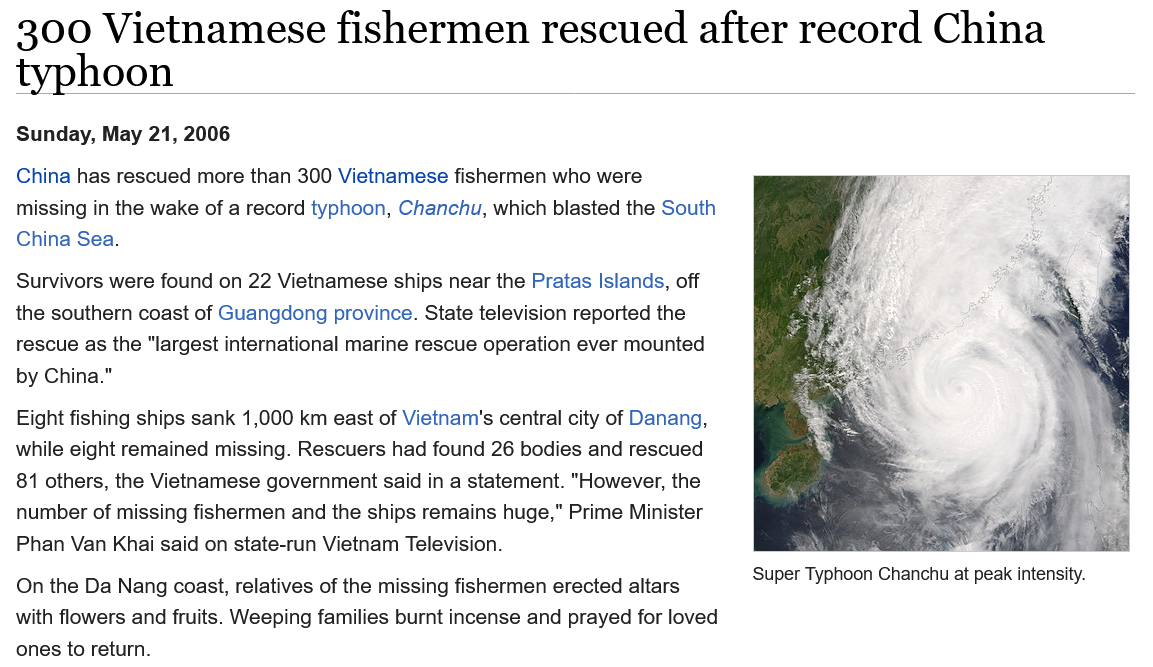
300    Vietnamese    fishermen    rescued    after    record    China
  typhoon
  China has rescued more than 300 Vietnamese fishermen who were
  missing in the wake of a record typhoon, Chanchu, which blasted the South
  China Sea.
  Survivors were found on 22 Vietnamese ships near the Pratas Islands, off
  the southern coast of Guangdong province. State television reported the
  rescue as the "largest international marine rescue operation ever mounted
  by China."
  Eight fishing ships sank 1,000 km east of Vietnam's central city of Danang,
  while eight remained missing. Rescuers had found 26 bodies and rescued
  81 others, the Vietnamese government said in a statement. "However, the
  number of missing fishermen and the ships remains huge," Prime Minister
  Phan Van Khai said on state-run Vietnam Television.
  On the Da Nang coast, relatives of the missing fishermen erected altars
  with flowers and fruits. Weeping families burnt incense and prayed for loved
  ones to return.
     Super Typhoon Chanchu at peak intensity.
  Sunday, May 21, 2006